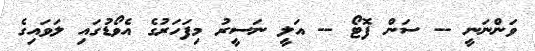
ވަންނަނީ -- ސަން ފޮޓޯ -- އަލީ ނަސީރު މިފަހަރުގެ އެވޯޑުގައި ލަވައިގެ